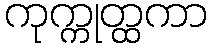
ကုက္ကုတ္ထကာ